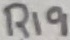
Text: R19